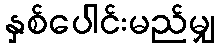
နှစ်ပေါင်းမည်မျှ